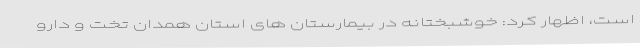
است، اظهار کرد: خوشبختانه در بیمارستان های استان همدان تخت و دارو